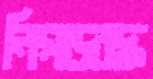
নিগড়বদ্ধ